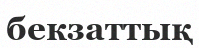
бекзаттық